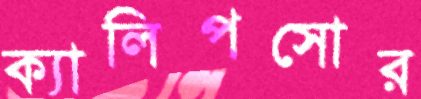
ক্যালিপসোর